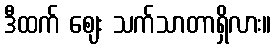
ဒီထက် ဈေး သက်သာတာရှိလား။